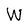
Character: W